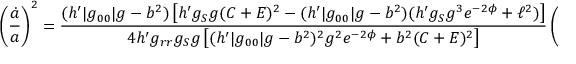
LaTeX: \left( { \frac { \dot { a } } { a } } \right) ^ { 2 } = { \frac { ( h ^ { \prime } | g _ { 0 0 } | g - b ^ { 2 } ) \left[ h ^ { \prime } g _ { S } g ( C + E ) ^ { 2 } - ( h ^ { \prime } | g _ { 0 0 } | g - b ^ { 2 } ) ( h ^ { \prime } g _ { S } g ^ { 3 } e ^ { - 2 \phi } + \ell ^ { 2 } ) \right] } { 4 h ^ { \prime } g _ { r r } g _ { S } g \left[ ( h ^ { \prime } | g _ { 0 0 } | g - b ^ { 2 } ) ^ { 2 } g ^ { 2 } e ^ { - 2 \phi } + b ^ { 2 } ( C + E ) ^ { 2 } \right] } } \left( { \frac { g ^ { \prime } } { g } } \right) ^ { 2 } .